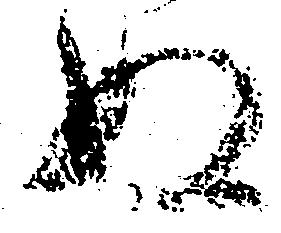
ぬ